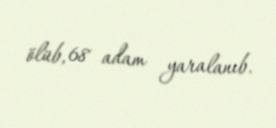
ölüb, 68 adam yaralanıb.